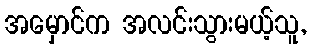
အမှောင်က အလင်းသွားမယ့်သူ,